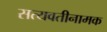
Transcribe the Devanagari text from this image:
सत्यवतीनामक